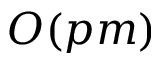
O ( p m )